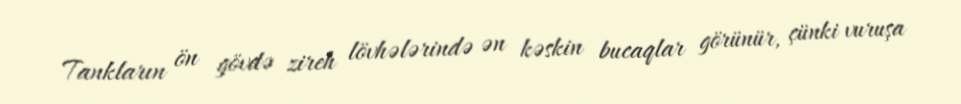
Tankların ön gövdə zireh lövhələrində ən kəskin bucaqlar görünür, çünki vuruşa